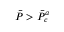
\Bar { P } > \Bar { P } _ { c } ^ { a }